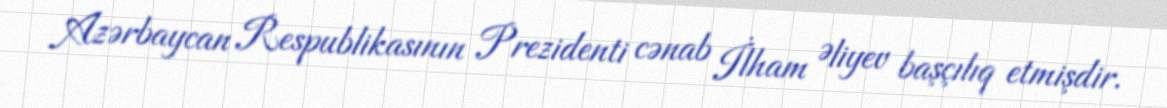
Azərbaycan Respublikasının Prezidenti cənab İlham Əliyev başçılıq etmişdir.